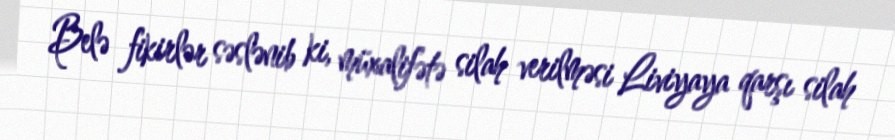
Belə fikirlər səslənib ki, müxalifətə silah verilməsi Liviyaya qarşı silah